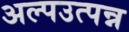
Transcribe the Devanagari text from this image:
अल्पउत्पन्न